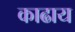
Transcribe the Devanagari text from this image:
काढाय